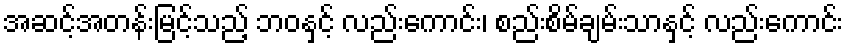
အဆင့်အတန်းမြင့်သည့် ဘဝနှင့် လည်းကောင်း၊ စည်းစိမ်ချမ်းသာနှင့် လည်းကောင်း